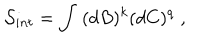
LaTeX: \mathcal { S } _ { i n t } = \int \; ( d B ) ^ { k } ( d C ) ^ { q } \; ,